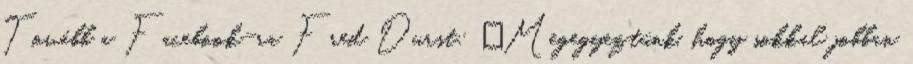
Tovább a Facebook-ra Fred Durst: „Megegyeztünk, hogy sokkal jobban